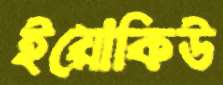
ইয়োকিউ